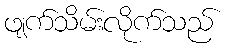
ဖျက်သိမ်းလိုက်သည်